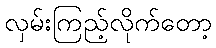
လှမ်းကြည့်လိုက်တော့